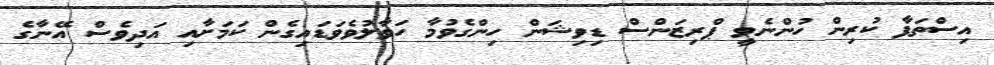
އިސްތަފާ ކުރިން ހުންނެވީ ޕްރިޒަންސް ޑިވިޝަން ހިންގެވުމާ ހަވާލުވެވަޑައިގެން ކަމަށާއި އަދިވެސް އޭނާގެ